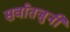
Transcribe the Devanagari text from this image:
सर्वातजुनी